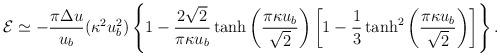
LaTeX: \begin{align*}{\cal E}\simeq -\frac{\pi\Delta u}{u_b}(\kappa^2u^2_b)\left\{1-\frac{2\sqrt{2}}{\pi\kappa u_b}\tanh\left(\frac{\pi\kappa u_b}{\sqrt{2}}\right)\left[1-\frac{1}{3}\tanh^2\left(\frac{\pi\kappa u_b}{\sqrt{2}}\right)\right]\right\}.\end{align*}